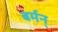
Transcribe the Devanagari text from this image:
बर्मन्